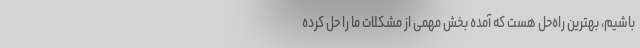
باشیم، بهترین راه‌حل هست که آمده بخش مهمی از مشکلات ما را حل کرده